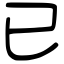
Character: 已